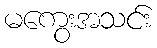
မကွေးအသင်း